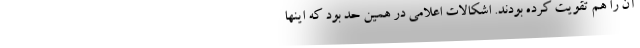
آن را هم تقویت کرده بودند. اشکالات اعلامی در همین حد بود که اینها